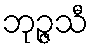
ဘုဉ္ဇသီ